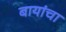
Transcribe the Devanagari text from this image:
बायांचा